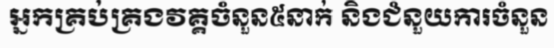
អ្នកគ្រប់គ្រងវគ្គចំនួន៥នាក់ និងជំនួយការចំនួន